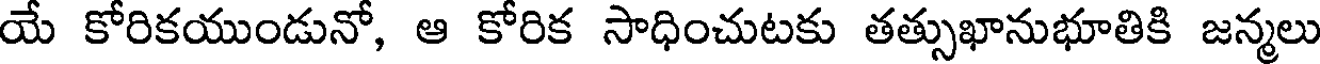
యే కోరికయుండునో, ఆ కోరిక సాధించుటకు తత్సుఖానుభూతికి జన్మలు